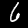
Digit: 6